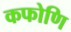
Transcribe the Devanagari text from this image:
कफोणि